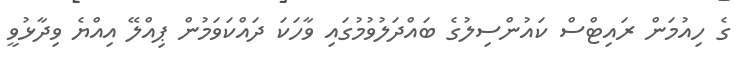
ގެ ހިއުމަން ރައިޓްސް ކައުންސިލުގެ ބައްދަލުވުމުގައި ވާހަކަ ދައްކަވަމުން ޕިއްލޭ އިއްޔެ ވިދާޅުވީ